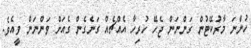
ހުންނަ މާރުކޭޓުން ގަންނަން ޖެހޭ ހުރިހާ އެއްޗެއް ގަނެގެން ގެއަށް ވަންނަން ވީއެވެ.